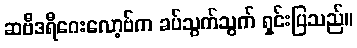
ဆဗီဒရီဂေးလော့ဗ်က ခပ်သွက်သွက် ရှင်းပြသည်။